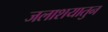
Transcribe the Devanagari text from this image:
जलाशयातुन